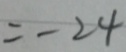
= - 2 4